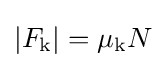
|F_{\rm {k}}|=\mu _{\rm {k}}N